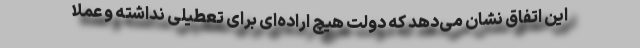
این اتفاق نشان می‌دهد که دولت هیچ اراده‌ای برای تعطیلی نداشته و عملا